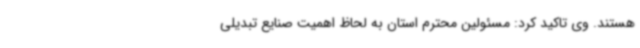
هستند. وی تاکید کرد: مسئولین محترم استان به لحاظ اهمیت صنایع تبدیلی